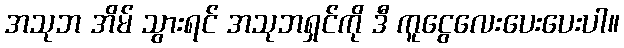
အသုဘ အိမ် သွားရင် အသုဘရှင်ကို ဒီ ကူငွေလေးပေးပေးပါ။